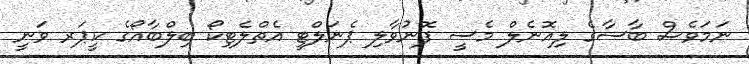
ނަމަވެސް ބާސާގެ ލިއޮނެލް މެސީ ފޮނުވާލި ޕެނަލްޓީ އެތްލެޓިކޯ ބިލްބާއޯގެ ކީޕަރ ވަނީ